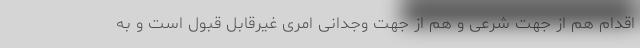
اقدام هم از جهت شرعی و هم از جهت وجدانی امری غیرقابل قبول است و به